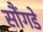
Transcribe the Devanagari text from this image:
सौंगडे